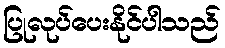
ပြုလုပ်ပေးနိုင်ပါသည်